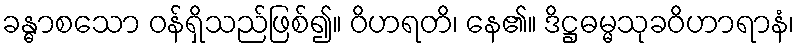
ခန္ဓာစသော ဝန်ရှိသည်ဖြစ်၍။ ဝိဟရတိ၊ နေ၏။ ဒိဋ္ဌဓမ္မသုခဝိဟာရာနံ၊